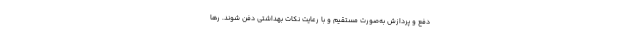
دفع و ‌پردازش به‌صورت مستقیم و با رعایت نکات بهداشتی دفن شوند. رها